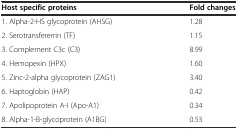
<table><thead><tr><td><b>Host specific proteins</b></td><td><b>Fold changes</b></td></tr></thead><tbody><tr><td>1. Alpha-2-HS glycoprotein (AHSG)</td><td>1.28</td></tr><tr><td>2. Serotransfererrin (TF)</td><td>1.15</td></tr><tr><td>3. Complement C3c (C3)</td><td>8.99</td></tr><tr><td>4. Hemopexin (HPX)</td><td>1.60</td></tr><tr><td>5. Zinc-2-alpha glycoprotein (ZAG1)</td><td>3.40</td></tr><tr><td>6. Haptoglobin (HAP)</td><td>0.42</td></tr><tr><td>7. Apolipoprotein A-I (Apo-A1)</td><td>0.34</td></tr><tr><td>8. Alpha-1-B-glycoprotein (A1BG)</td><td>0.53</td></tr></tbody></table>